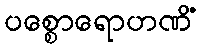
ပစ္စောရောဟဏိံ